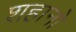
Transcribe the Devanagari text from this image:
शहानो